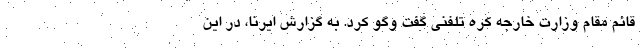
قائم مقام وزارت خارجه کره تلفنی گفت وگو کرد. به گزارش ایرنا، در این